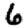
Digit: 6